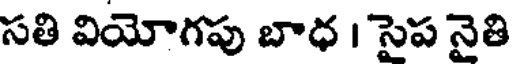
సతి వియోగపు బాధ । సైప నైతి